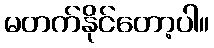
မတက်နိုင်တော့ပါ။